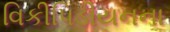
વિકીપિડીયનના